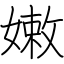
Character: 嫩